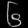
Digit: ၆